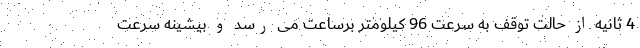
4 ثانیه از حالت توقف به سرعت 96 کیلومتر برساعت می رسد و بیشینه سرعت